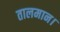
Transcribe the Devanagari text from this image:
तालमान।